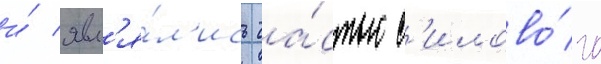
и́ явл'я́л'ись ча́стью с'илово́го